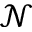
\mathcal { N }